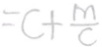
= c + \frac { m } { c }